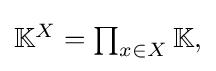
{\textstyle \mathbb {K} ^{X}=\prod _{x\in X}\mathbb {K} ,}